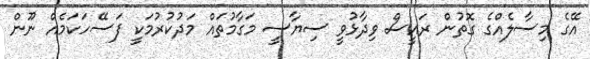
އޭގެ މިސާލެއްގެ ގޮތުން ރައީސް ވިދާޅުވީ ސިޔާސީ މަގާމުތައް މަދުކުރުމަކީ ފަސޭހަކަމެއް ނޫން